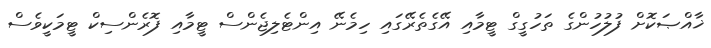
ޚާއްޞަކޮށް ފުލުހުންގެ ތަހުގީގް ޓީމާއި އޭގެތެރޭގައި ހިމެނޭ އިންޓެލިޖެންސް ޓީމާއި ފޮރެންސިކް ޓީމަކީވެސް